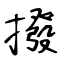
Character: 撥